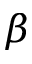
\beta